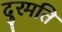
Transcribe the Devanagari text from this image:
दुरमति